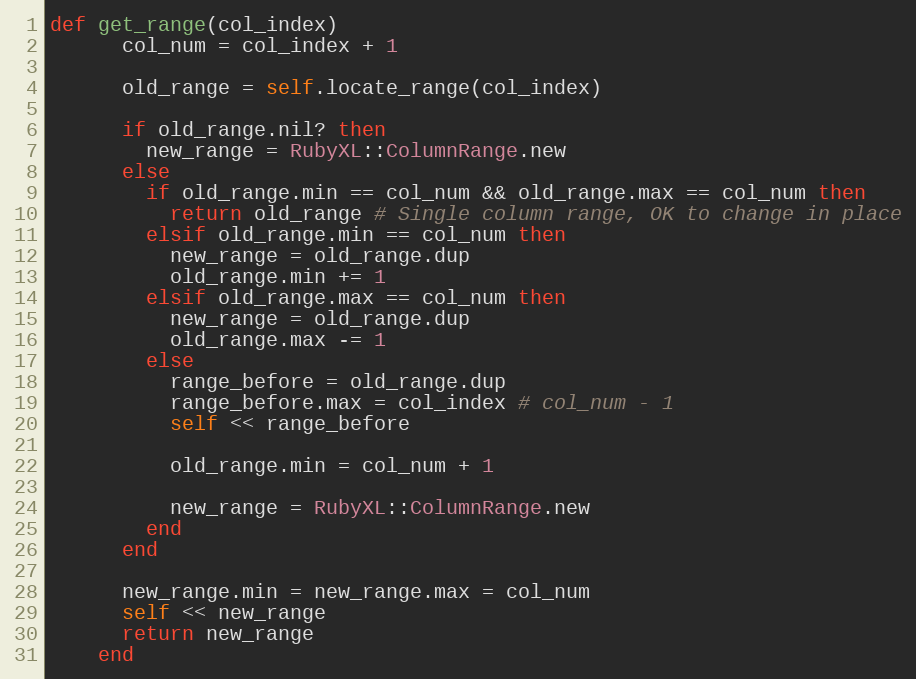
Language: Ruby
def get_range(col_index)
      col_num = col_index + 1

      old_range = self.locate_range(col_index)

      if old_range.nil? then
        new_range = RubyXL::ColumnRange.new
      else
        if old_range.min == col_num && old_range.max == col_num then
          return old_range # Single column range, OK to change in place
        elsif old_range.min == col_num then
          new_range = old_range.dup
          old_range.min += 1
        elsif old_range.max == col_num then
          new_range = old_range.dup
          old_range.max -= 1
        else
          range_before = old_range.dup
          range_before.max = col_index # col_num - 1
          self << range_before

          old_range.min = col_num + 1

          new_range = RubyXL::ColumnRange.new
        end
      end

      new_range.min = new_range.max = col_num
      self << new_range
      return new_range
    end